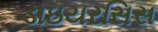
ડાઇયરસિસ